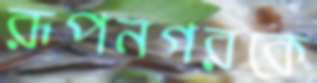
রূপনগরকে